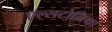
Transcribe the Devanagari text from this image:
एल्सटोनिया